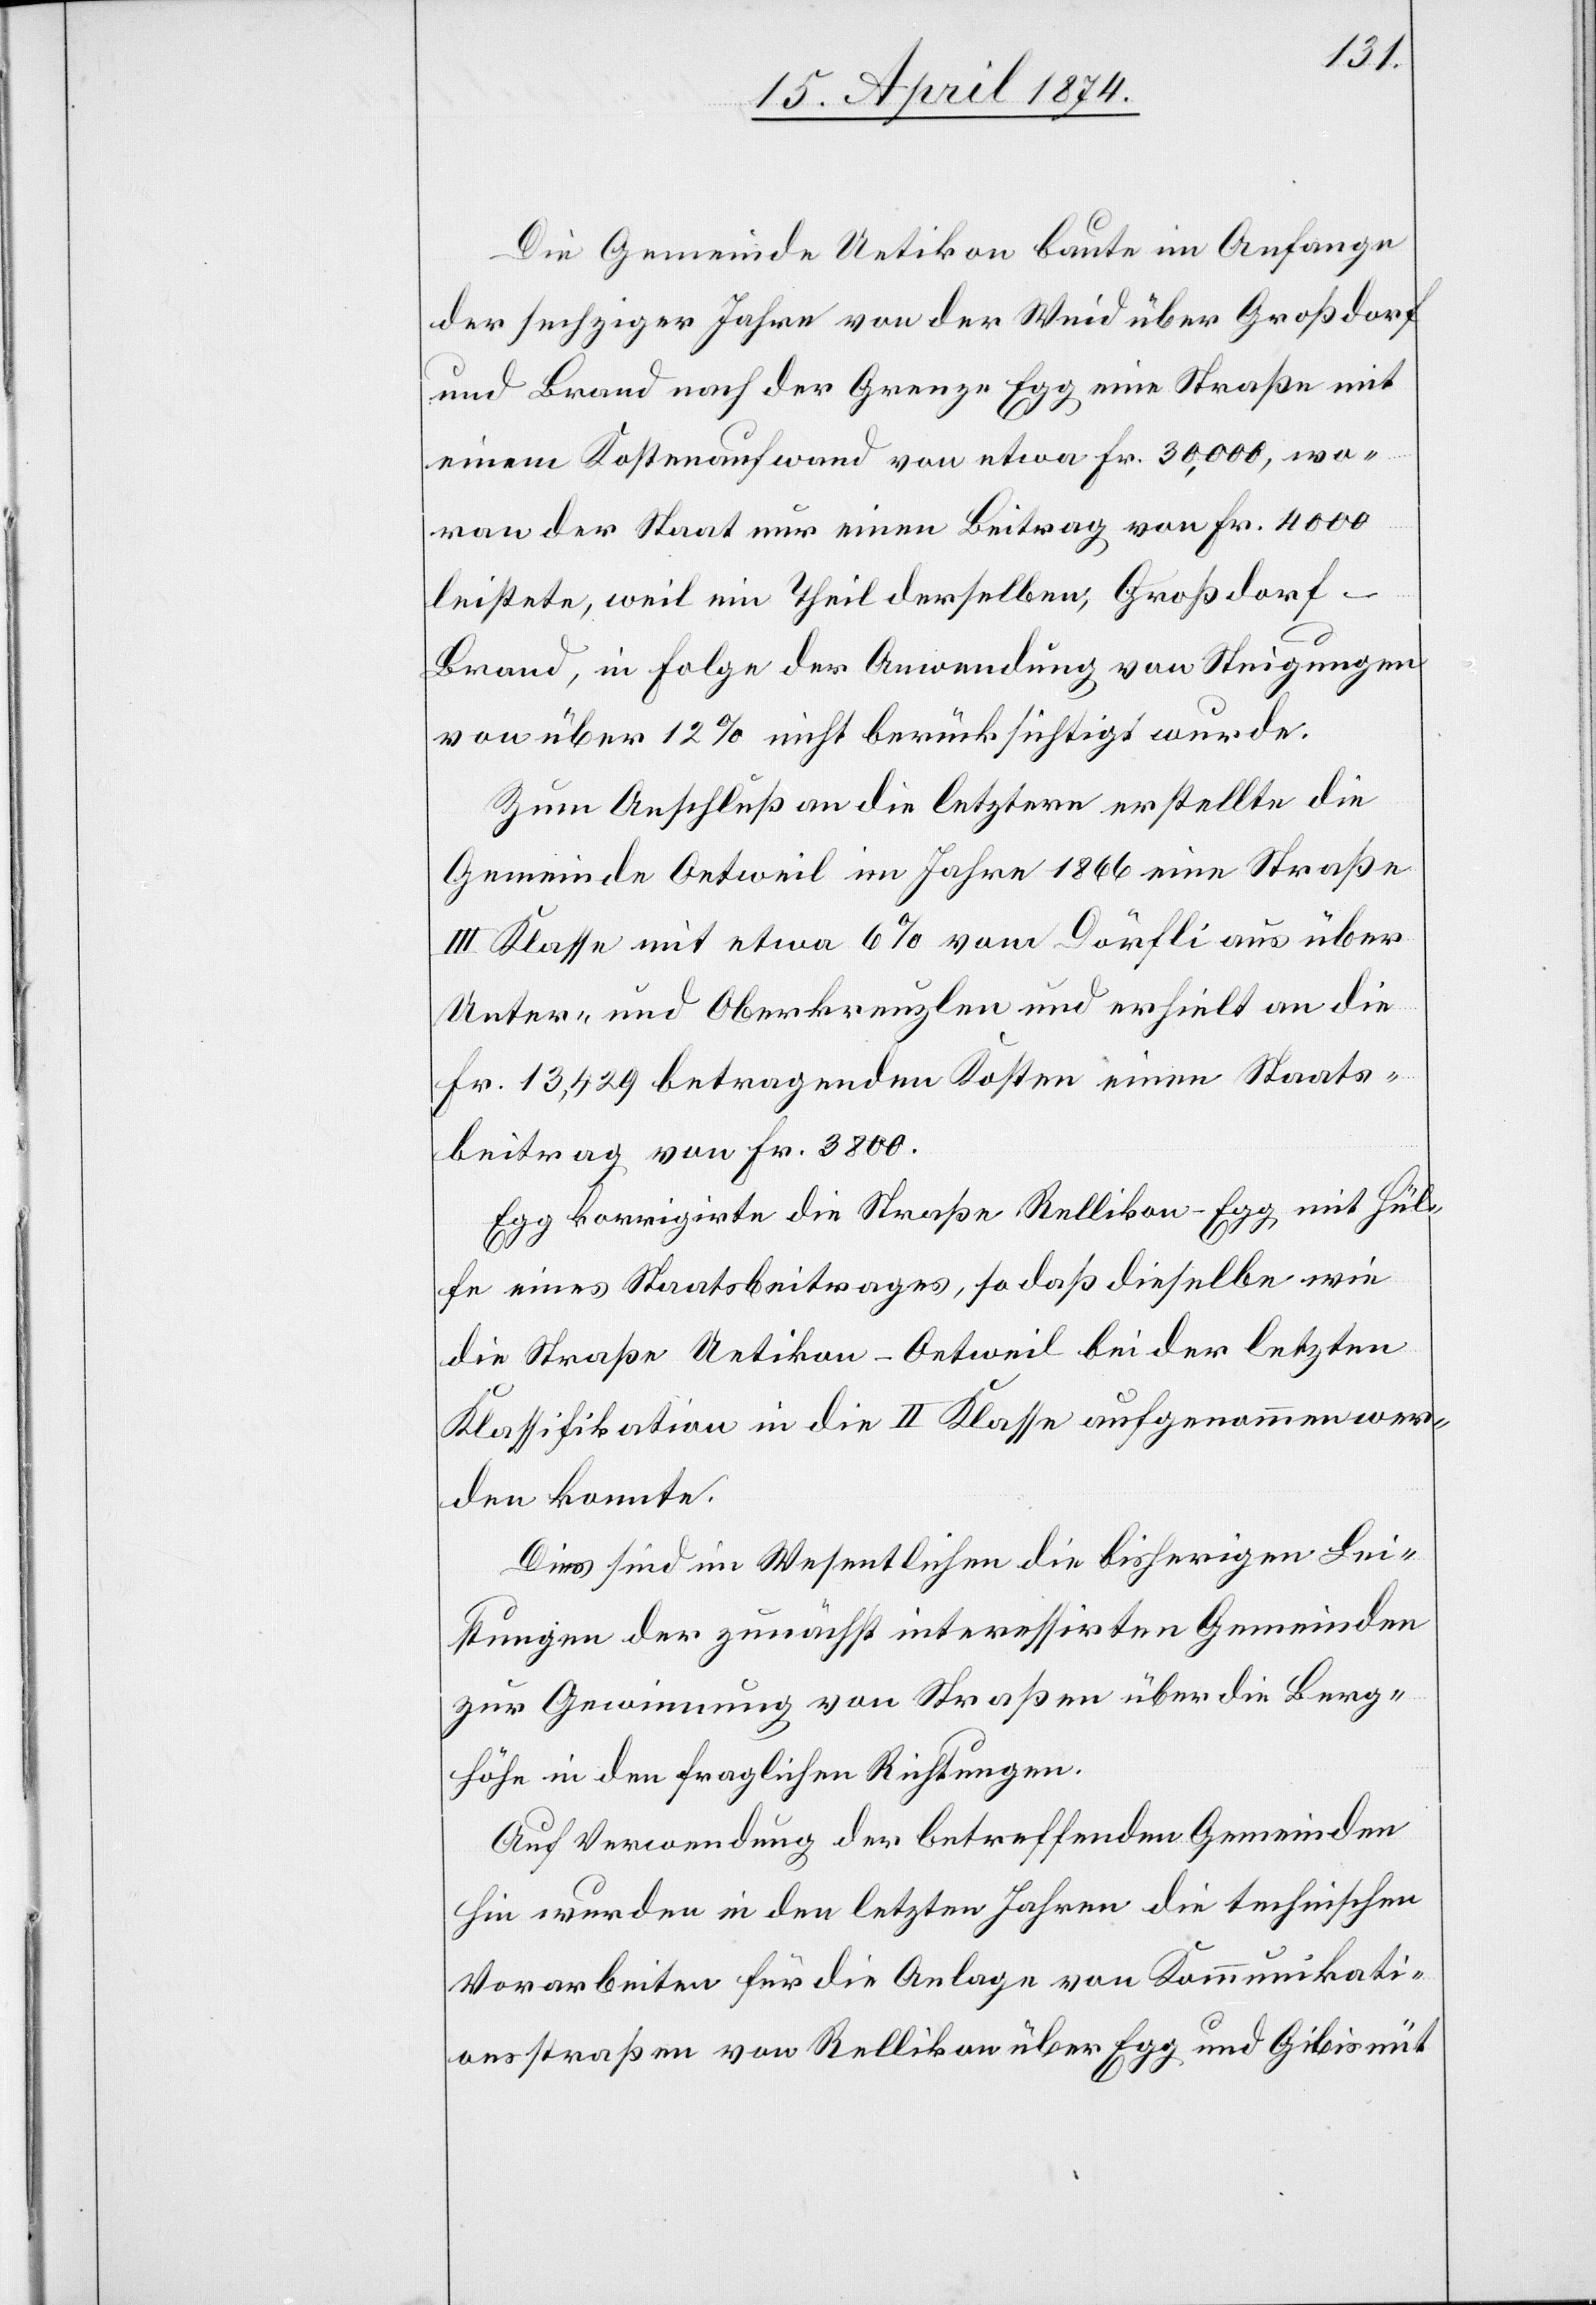
Die Gemeinde Uetikon baute im Anfange
der sechziger Jahre von der Weid über Großdorf
und Brand nach der Grenze Egg eine Straße mit
einem Kostenaufwand von etwa Fr. 30,000, wo¬
von der Staat nur einen Beitrag von Fr. 4000
leistete, weil ein Theil derselben, Großdorf-B¬
rand, in Folge der Anwendung von Steigungen
von über 12% nicht berücksichtigt wurde.
Zum Anschluß an die letztern erstellte die
Gemeinde Oetweil im Jahre 1866 eine Straße
III. Klasse mit etwa 6% von Dörfli aus über
Unter- und Oberkreuzlen und erhielt an die
Fr. 13,429 betragenden Kosten einen Staats¬
beitrag von Fr. 3800.
Egg korrigirte die Straße Rellikon-Egg mit Hül¬
fe eines Staatsbeitrages, so daß dieselbe wie
die Straße Uetikon-Oetweil bei der letzten
Klassifikation in die II. Klasse aufgenommen wer¬
den konnte.
Dies sind im Wesentlichen die bisherigen Lei¬
stungen der zunächst interessirten Gemeinden
zur Gewinnung von Straßen über die Berg¬
höhe in den fraglichen Richtungen.
Auf Verwendung der betreffenden Gemeinden
hin wurden in den letzten Jahren die technischen
Vorarbeiten für die Anlage von Kommunikati¬
onsstraßen von Rellikon über Egg und Gibisnüt